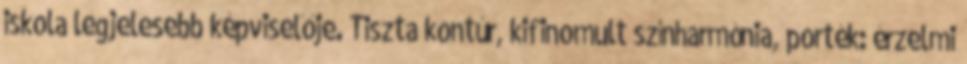
iskola legjelesebb képviselője. Tiszta kontúr, kifinomult színharmónia, porték: érzelmi